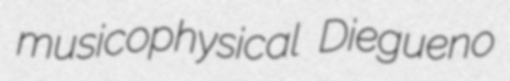
musicophysical Diegueno